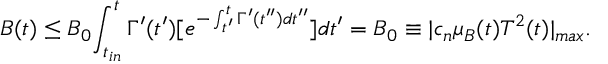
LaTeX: B ( t ) \leq B _ { 0 } { \int _ { t _ { i n } } ^ { t } { \Gamma ^ { \prime } ( t ^ { \prime } ) [ e ^ { - \int _ { t ^ { \prime } } ^ { t } { \Gamma ^ { \prime } ( t ^ { \prime \prime } ) d t ^ { \prime \prime } } } ] d t ^ { \prime } } } = B _ { 0 } \equiv | c _ { n } \mu _ { B } ( t ) T ^ { 2 } ( t ) | _ { m a x } .